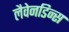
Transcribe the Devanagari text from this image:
लैवेनडिन्स